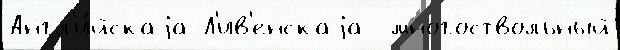
Англ'и́йскаjа Л'ив'енскаjа  многоствольный